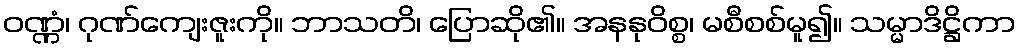
ဝဏ္ဏံ၊ ဂုဏ်ကျေးဇူးကို။ ဘာသတိ၊ ပြောဆို၏။ အနနုဝိစ္စ၊ မစီစစ်မူ၍။ သမ္မာဒိဋ္ဌိကာ